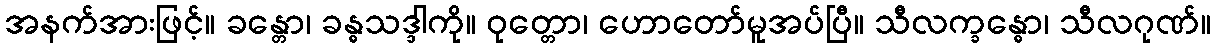
အနက်အားဖြင့်။ ခန္တော၊ ခန္ဓသဒ္ဒါကို။ ဝုတ္တော၊ ဟောတော်မူအပ်ပြီ။ သီလက္ခန္ဓော၊ သီလဂုဏ်။